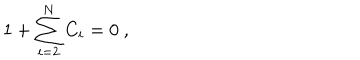
1 + \sum _ { i = 2 } ^ { N } C _ { i } = 0 \ ,